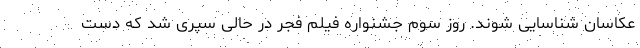
عکاسان شناسایی شوند. روز سوم جشنواره فیلم فجر در حالی سپری شد که دست